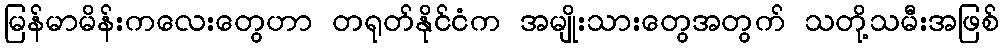
မြန်မာမိန်းကလေးတွေဟာ တရုတ်နိုင်ငံက အမျိုးသားတွေအတွက် သတို့သမီးအဖြစ်